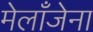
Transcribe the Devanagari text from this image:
मेलाँजेना